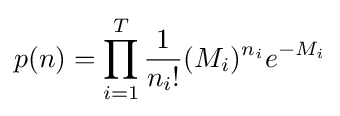
p(n)=\prod _{i=1}^{T}{\frac {1}{n_{i}!}}(M_{i})^{n_{i}}e^{-M_{i}}